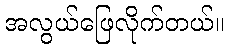
အလွယ်ဖြေလိုက်တယ်။